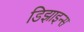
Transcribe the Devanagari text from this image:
डिझाइन्स